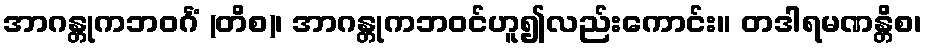
အာဂန္တုကဘဝင်္ဂံ (တိစ)၊ အာဂန္တုကဘဝင်ဟူ၍လည်းကောင်း။ တဒါရမဏန္တိစ၊